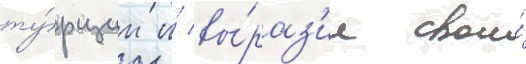
ту́рции и́ вы́раз'ил свои́